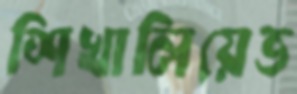
শিখালিয়েভ